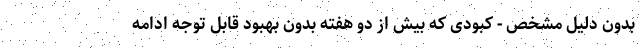
بدون دلیل مشخص - کبودی که بیش از دو هفته بدون بهبود قابل توجه ادامه